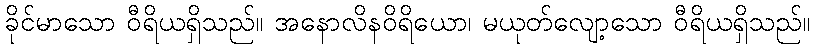
ခိုင်မာသော ဝီရိယရှိသည်။ အနောလိနဝိရိယော၊ မယုတ်လျော့သော ဝီရိယရှိသည်။